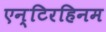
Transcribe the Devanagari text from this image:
एन्टिरहिनम